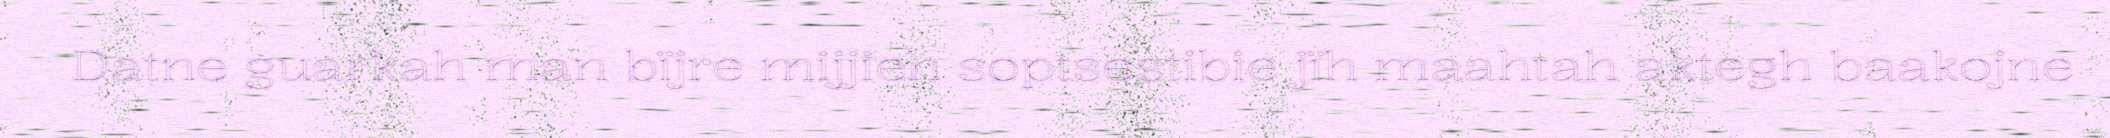
Datne guarkah man bïjre mijjieh soptsestibie jïh maahtah aktegh baakojne